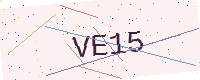
Text: VE15